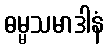
ဓမ္မသမာဒါနံ